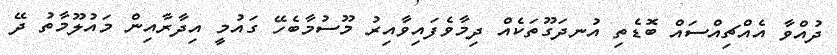
ދުއްވާ އެއްޗިއްސައް ބޮޑެތި އުނދަގޫތަކެއް ދިމާވެފައިވާއިރު މޫސުމާބެހޭ ގައުމީ އިދާރާއިން މައުލޫމާތު ދޭ